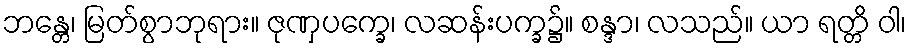
ဘန္တေ၊ မြတ်စွာဘုရား။ ဇုဏှပက္ခေ၊ လဆန်းပက္ခ၌။ စန္ဒာ၊ လသည်။ ယာ ရတ္တိ ဝါ၊